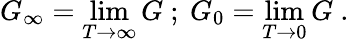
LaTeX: G_{\infty}=\operatorname*{lim}_{T\to\infty}G\ ;\ G_{0}=\operatorname*{lim}_{T\to 0}G\ .